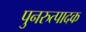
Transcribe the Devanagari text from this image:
पुनरुत्‍पादक